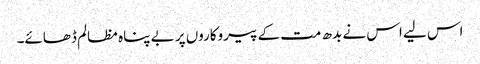
اس لیے اس نے بدھ مت کے پیروکاروں پر بے پناہ مظالم ڈھائے۔